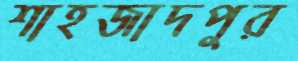
শাহজাদপুর